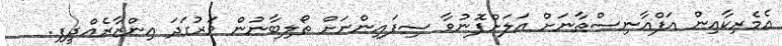
އެމެރިކާއިން އަފްޣާނިސްތާނަށް އަލަށްފޮނުވާ ސިފައިންނަށް ތޯލިބާނުން ވަރުގަދަ އިންޒާރެއްދީފި.